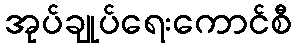
အုပ်ချုပ်ရေးကောင်စီ